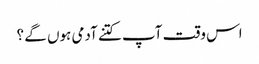
اس وقت آپ کتنے آدمی ہوں گے ؟